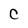
Character: C